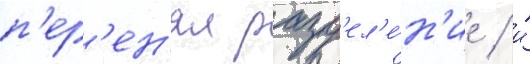
п'ер'ен'ял разд'ел'е́н'ие / и́